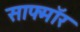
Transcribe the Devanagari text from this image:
साफ्मॉर